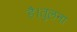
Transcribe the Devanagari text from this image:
है।तुलना